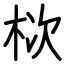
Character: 栨